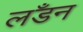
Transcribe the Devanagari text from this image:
लॅंडन